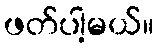
ဖတ်ပါ့မယ်။